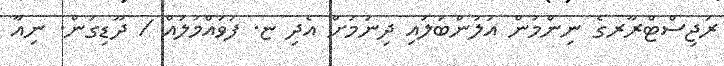
ރަޖިސްޓްރާރގެ ނިންމުން އަލުންބަލައި ދިނުމަށް އެދި ޏ. ފުވައްމުލައް / ދޫޑިގަން. ނިއާ